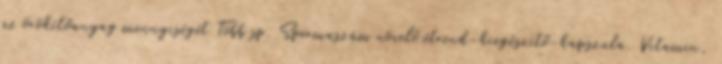
az örökítőanyag mennyiségét Több sp. Spermaszám növelő étrend-kiegészítő-kapszula. Vitamin,